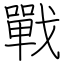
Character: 戰